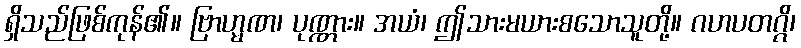
ရှိသည်ဖြစ်ကုန်၏။ ဗြာဟ္မဏ၊ ပုဏ္ဏား။ အယံ၊ ဤသားမယားစသောသူတို့။ ဂဟပတဂ္ဂိ၊